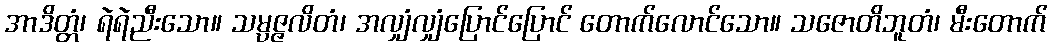
အာဒိတ္တံ၊ ရဲရဲညီးသော။ သမ္ပဇ္ဇလိတံ၊ အလျှံလျှံပြောင်ပြောင် တောက်လောင်သော။ သဇောတိဘူတံ၊ မီးတောက်